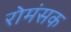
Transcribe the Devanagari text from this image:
रोमंसक